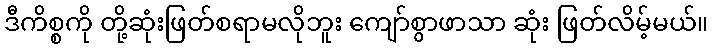
ဒီကိစ္စကို တို့ဆုံးဖြတ်စရာမလိုဘူး ကျော်စွာဖာသာ ဆုံး ဖြတ်လိမ့်မယ်။